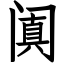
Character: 阗